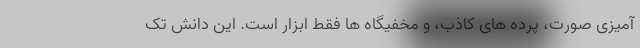
آمیزی صورت، پرده های کاذب، و مخفیگاه ها فقط ابزار است. این دانش تک